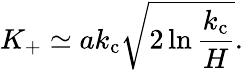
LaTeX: K_{+}\simeq ak_{\mathrm{c}}\sqrt{2\ln\frac{k_{\mathrm{c}}}{H}}.